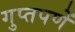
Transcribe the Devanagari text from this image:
गुप्‍तपणें